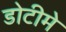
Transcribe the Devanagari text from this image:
डोटीमे